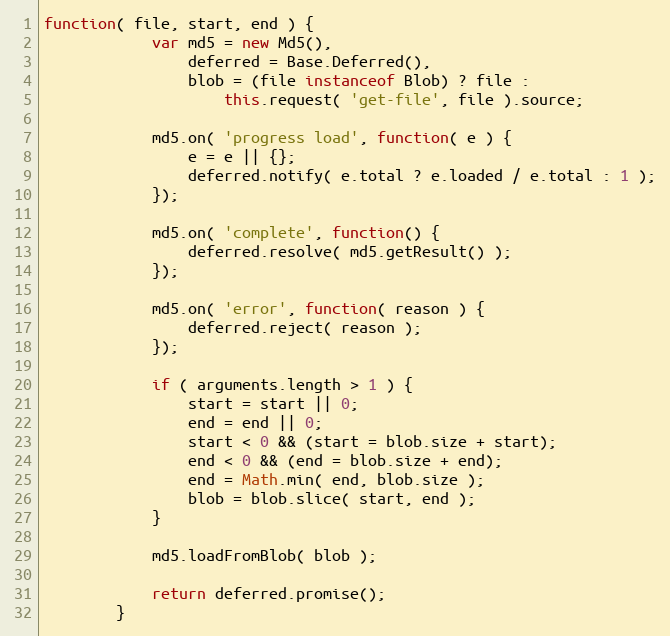
Language: JavaScript
function( file, start, end ) {
            var md5 = new Md5(),
                deferred = Base.Deferred(),
                blob = (file instanceof Blob) ? file :
                    this.request( 'get-file', file ).source;

            md5.on( 'progress load', function( e ) {
                e = e || {};
                deferred.notify( e.total ? e.loaded / e.total : 1 );
            });

            md5.on( 'complete', function() {
                deferred.resolve( md5.getResult() );
            });

            md5.on( 'error', function( reason ) {
                deferred.reject( reason );
            });

            if ( arguments.length > 1 ) {
                start = start || 0;
                end = end || 0;
                start < 0 && (start = blob.size + start);
                end < 0 && (end = blob.size + end);
                end = Math.min( end, blob.size );
                blob = blob.slice( start, end );
            }

            md5.loadFromBlob( blob );

            return deferred.promise();
        }